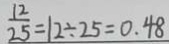
\frac { 1 2 } { 2 5 } = 1 2 \div 2 5 = 0 . 4 8